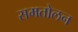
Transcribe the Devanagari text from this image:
समतोलन